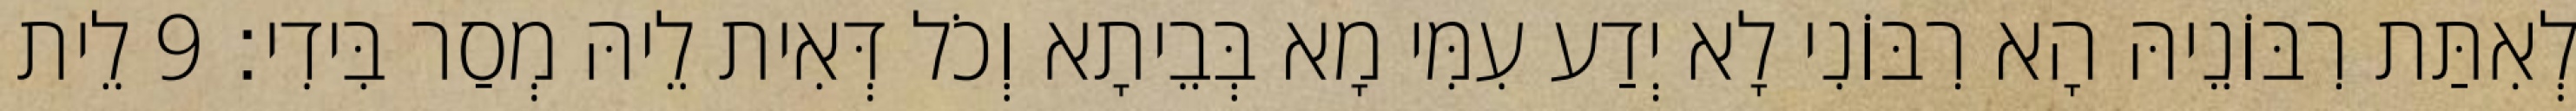
לְאִתַּת רִבּוֹנֵיהּ הָא רִבּוֹנִי לָא יְדַע עִמִּי מָא בְּבֵיתָא וְכֹל דְּאִית לֵיהּ מְסַר בִּידִי׃ 9 לֵית